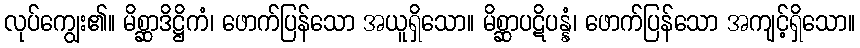
လုပ်ကျွေး၏။ မိစ္ဆာဒိဋ္ဌိကံ၊ ဖောက်ပြန်သော အယူရှိသော။ မိစ္ဆာပဋိပန္နံ၊ ဖောက်ပြန်သော အကျင့်ရှိသော။